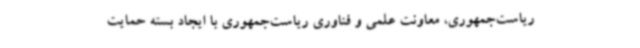
ریاست‌جمهوری، معاونت علمی و فناوری ریاست‌جمهوری با ایجاد بسته حمایت